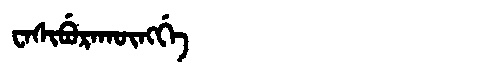
Manchu: ᠸᠠᠰᡳᠪᡠᡵᠠᡴᡡᠩᡤᡝ
Romanization: WASIBURAKŪNGGE